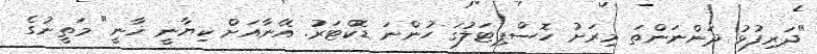
"ދަރިފުޅު ދަންނަންތަ މިރަށު ހޮސްޕިޓަލުގަ ހުންނަ ޑޮކްޓަރު. އޭނާއަށް ކިޔާނީ ޚާނީ" މަތީނުގެ